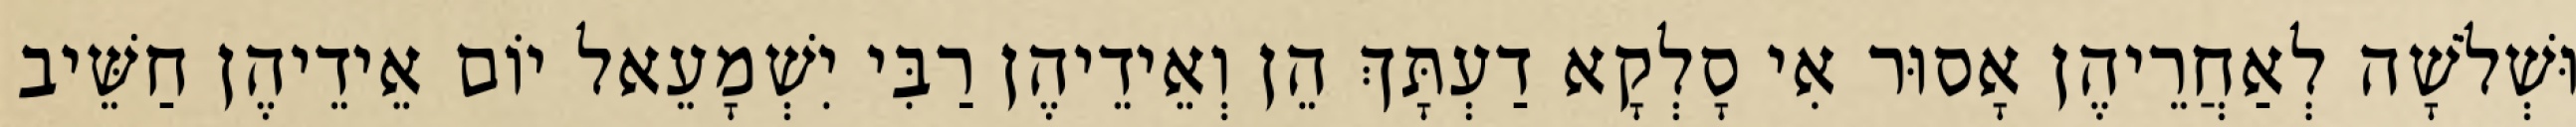
וּשְׁלֹשָׁה לְאַחֲרֵיהֶן אָסוּר אִי סָלְקָא דַעְתָּךְ הֵן וְאֵידֵיהֶן רַבִּי יִשְׁמָעֵאל יוֹם אֵידֵיהֶן חַשֵּׁיב